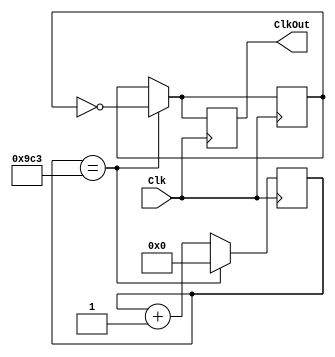
module divisorFreq(Clk, ClkOut);
   input Clk;
   output reg ClkOut;
	
	parameter DivVal = 2500;
	reg[12:0] DivCnt;
   reg ClkInt;

   always @(posedge Clk) begin
         if( DivCnt == (DivVal-1) ) begin
            ClkOut <= ~ClkInt;
            ClkInt <= ~ClkInt;
            DivCnt <= 0;
         end
         else begin
            ClkOut <= ClkInt;
            ClkInt <= ClkInt;
            DivCnt <= DivCnt + 1;
         end
      end

endmodule